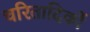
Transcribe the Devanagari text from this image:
चरितादिकों